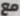
مع